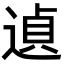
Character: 遉